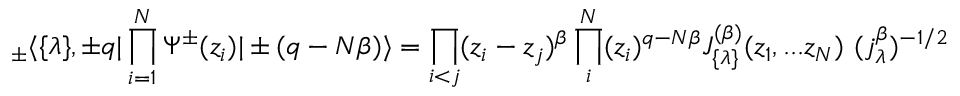
_ \pm \langle \{ \lambda \} , \pm q | \prod _ { i = 1 } ^ { N } \Psi ^ { \pm } ( z _ { i } ) | \pm ( q - N \beta ) \rangle = \prod _ { i < j } ( z _ { i } - z _ { j } ) ^ { \beta } \prod _ { i } ^ { N } ( z _ { i } ) ^ { q - N \beta } J _ { \{ \lambda \} } ^ { ( \beta ) } ( z _ { 1 } , . . . z _ { N } ) \ ( j _ { \lambda } ^ { \beta } ) ^ { - 1 / 2 }